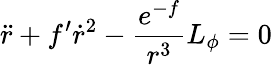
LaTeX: \ddot{r}+f^{\prime}\dot{r}^{2}-\frac{e^{-f}}{r^{3}}L_{\phi}=0